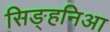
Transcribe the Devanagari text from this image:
सिङ्हनिआ